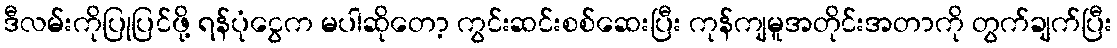
ဒီလမ်းကိုပြုပြင်ဖို့ ရန်ပုံငွေက မပါဆိုတော့ ကွင်းဆင်းစစ်ဆေးပြီး ကုန်ကျမူအတိုင်းအတာကို တွက်ချက်ပြီး